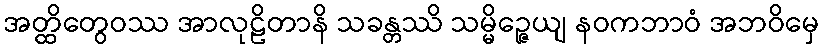
အတ္ထိတွေဝဿ အာလုဠိတာနိ သခန္တဿိ သမ္မိဉ္ဇေယျ နဝကဘာဝံ အဘဝိမှေ